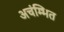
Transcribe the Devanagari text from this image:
अचंम्भित